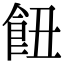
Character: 𩚖